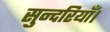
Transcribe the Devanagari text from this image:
सुन्दरियाँ।